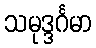
သမုဒ္ဒင်္ဂမာ